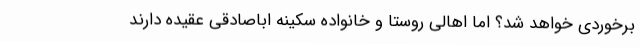
برخوردی خواهد شد؟ اما اهالی روستا و خانواده سکینه اباصادقی عقیده دارند